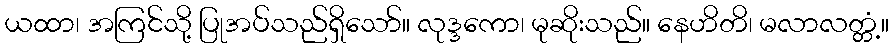
ယထာ၊ အကြင်သို့ ပြုအပ်သည်ရှိသော်။ လုဒ္ဒကော၊ မုဆိုးသည်။ နေဟိတိ၊ မလာလတ္တံ့။